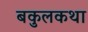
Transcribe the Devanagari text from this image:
बकुलकथा